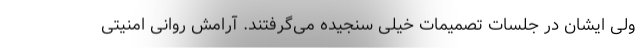
ولی ایشان در جلسات تصمیمات خیلی سنجیده می‌گرفتند. آرامش روانی امنیتی